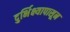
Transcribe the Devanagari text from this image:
दुर्भिक्ष्यापासून